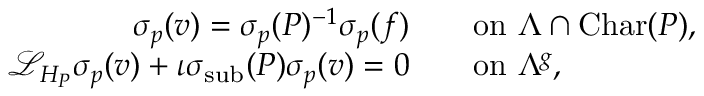
\begin{array} { r l } { \sigma _ { { p } } ( v ) = \sigma _ { { p } } ( P ) ^ { - 1 } \sigma _ { { p } } ( f ) } & { \quad \mathrm { o n ~ } { \Lambda \cap \mathrm { C h a r } ( P ) } , } \\ { \mathcal { L } _ { H _ { P } } \sigma _ { { p } } ( v ) + \iota \sigma _ { \mathrm { s u b } } ( P ) \sigma _ { { p } } ( v ) = 0 } & { \quad \mathrm { o n ~ } \Lambda ^ { g } , } \end{array}